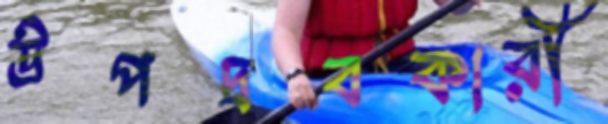
উপদ্রবকারী